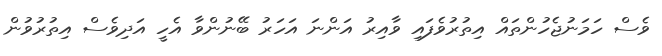
ވެސް ހަމަނުޖެހުންތައް އިތުރުވެފައި ވާއިރު އަންނަ އަހަރު ބޭނުންވާ އެހީ އަދިވެސް އިތުރުވުން